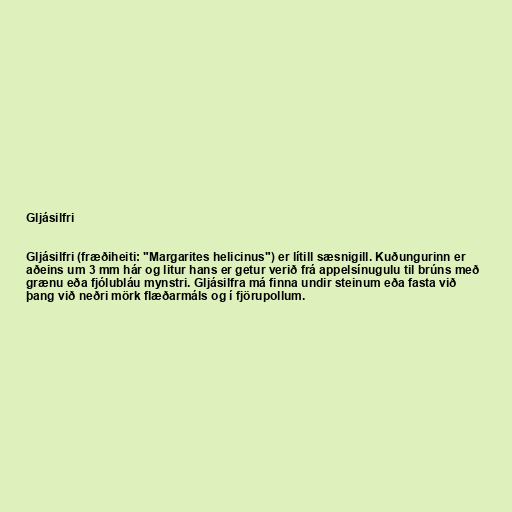
Gljásilfri

Gljásilfri (fræðiheiti: "Margarites helicinus") er lítill sæsnigill. Kuðungurinn er
aðeins um 3 mm hár og litur hans er getur verið frá appelsínugulu til brúns með
grænu eða fjólubláu mynstri. Gljásilfra má finna undir steinum eða fasta við
þang við neðri mörk flæðarmáls og í fjörupollum.